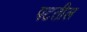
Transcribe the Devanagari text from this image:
पटतील